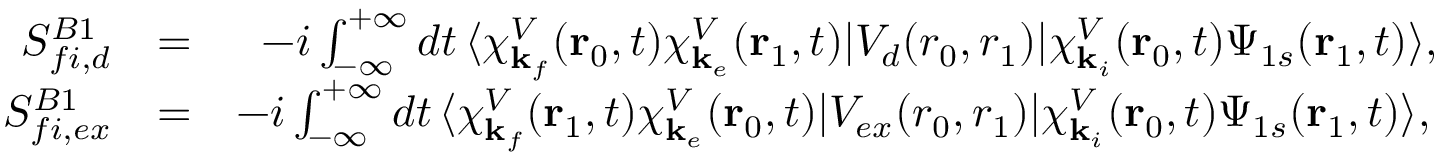
\begin{array} { r l r } { S _ { f i , d } ^ { B 1 } } & { = } & { - i \int _ { - \infty } ^ { + \infty } d t \, \langle \chi _ { \mathbf { k } _ { f } } ^ { V } ( \mathbf { r } _ { 0 } , t ) \chi _ { \mathbf { k } _ { e } } ^ { V } ( \mathbf { r } _ { 1 } , t ) | V _ { d } ( r _ { 0 } , { r } _ { 1 } ) | { \chi } _ { \mathbf { k } _ { i } } ^ { V } ( \mathbf { r } _ { 0 } , t ) \Psi _ { 1 s } ( \mathbf { r } _ { 1 } , t ) \rangle , } \\ { S _ { f i , e x } ^ { B 1 } } & { = } & { - i \int _ { - \infty } ^ { + \infty } d t \, \langle \chi _ { \mathbf { k } _ { f } } ^ { V } ( \mathbf { r } _ { 1 } , t ) \chi _ { \mathbf { k } _ { e } } ^ { V } ( \mathbf { r } _ { 0 } , t ) | V _ { e x } ( r _ { 0 } , { r } _ { 1 } ) | { \chi } _ { \mathbf { k } _ { i } } ^ { V } ( \mathbf { r } _ { 0 } , t ) \Psi _ { 1 s } ( \mathbf { r } _ { 1 } , t ) \rangle , \, } \end{array}